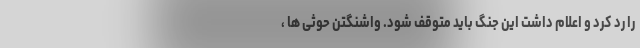
را رد کرد و اعلام داشت این جنگ باید متوقف شود. واشنگتن حوثی ها ،